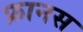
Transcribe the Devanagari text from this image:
फ्रानस